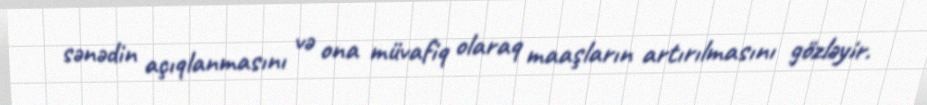
sənədin açıqlanmasını və ona müvafiq olaraq maaşların artırılmasını gözləyir.